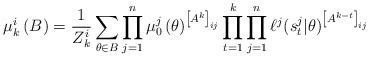
LaTeX: \begin{align*}\mu_{k}^i\left(B\right) & = \frac{1}{Z_{k}^i}\sum\limits_{\theta \in B} \prod\limits_{j=1}^{n} \mu_0^j\left(\theta\right)^{\left[A^{k}\right]_{ij} } \prod\limits_{t=1}^{k} \prod\limits_{j=1}^{n} \ell^j(s_{t}^j|\theta)^{\left[A^{k-t}\right]_{ij}}\end{align*}